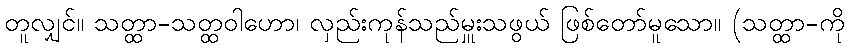
တူလျှင်။ သတ္ထာ-သတ္ထဝါဟော၊ လှည်းကုန်သည်မှူးသဖွယ် ဖြစ်တော်မူသော။ (သတ္ထာ-ကို